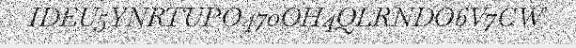
IDEU5YNRTUPO470OH4QLRNDO6V7CW